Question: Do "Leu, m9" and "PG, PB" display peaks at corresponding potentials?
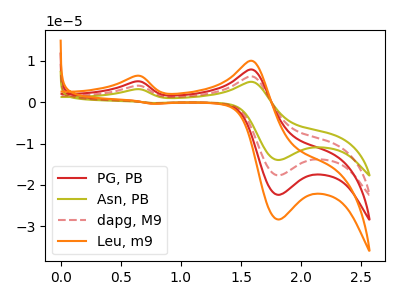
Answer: <think>The red curve "PG, PB" has anodic peaks at (0.60V, 5.05uA) (1.60V, 7.95uA) and cathodic peaks at (1.80V, -22.45uA) (0.75V, -0.30uA). The olive curve "Asn, PB" has anodic peaks at (0.60V, 15.10uA) (1.60V, 23.80uA) and cathodic peaks at (1.80V, -67.30uA) (0.75V, -0.90uA). The red dashed curve "dapg, M9" has anodic peaks at (0.60V, 10.05uA) (1.60V, 15.85uA) and cathodic peaks at (1.80V, -44.85uA) (0.75V, -0.60uA). The orange curve "Leu, m9" has anodic peaks at (0.60V, 6.35uA) (1.60V, 10.05uA) and cathodic peaks at (1.80V, -28.40uA) (0.75V, -0.40uA).</think>
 <answer>Yes, "Leu, m9" have a peak in "PG, PB" at the same potential.</answer>
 <eval>match</eval>